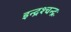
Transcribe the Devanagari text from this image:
इन्द्रश्चन्द्रः